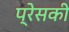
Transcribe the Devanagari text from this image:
प्रेसकी